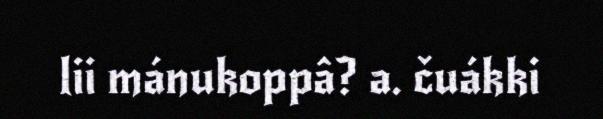
lii mánukoppâ? a. čuákki